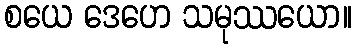
စယေ ဒေဟေ သမုဿယော။